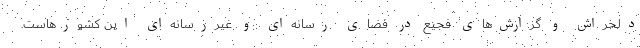
دلخراش و گزارش‌های فجیع در فضای رسانه‌ای و غیررسانه‌ای این کشورهاست.